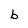
Character: b